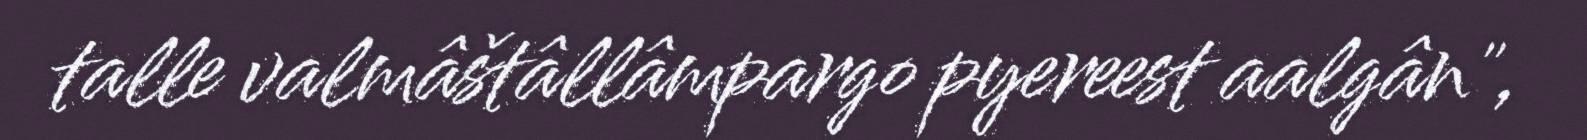
talle valmâštâllâmpargo pyereest aalgân",